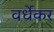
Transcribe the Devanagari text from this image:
वर्धेकर